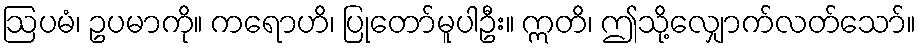
ဩပမံ၊ ဥပမာကို။ ကရောဟိ၊ ပြုတော်မူပါဦး။ ဣတိ၊ ဤသို့လျှောက်လတ်သော်။